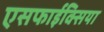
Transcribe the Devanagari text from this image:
एसफाईक्सिया